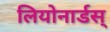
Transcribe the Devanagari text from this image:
लियोनार्डस्